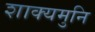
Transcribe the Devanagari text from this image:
शाक्‍यमुनि